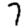
Digit: 7